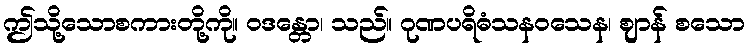
ဤသို့သောစကားတို့ကို။ ဝဒန္တော၊ သည်။ ဂုဏပရိဓံသနဝသေန၊ ဈာန် စသော